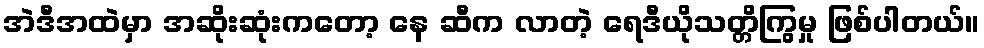
အဲဒီအထဲမှာ အဆိုးဆုံးကတော့ နေ ဆီက လာတဲ့ ရေဒီယိုသတ္တိကြွမှု ဖြစ်ပါတယ်။